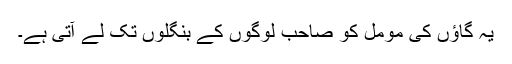
یہ گاؤں کی مومل کو صاحب لوگوں کے بنگلوں تک لے آتی ہے۔